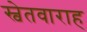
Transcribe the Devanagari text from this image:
स्वेतवाराह